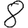
Digit: 8